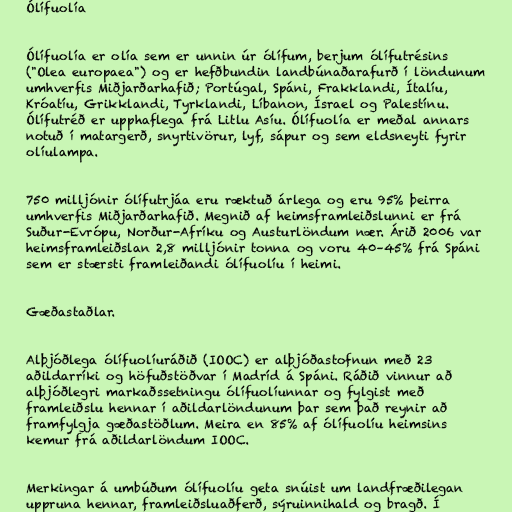
Ólífuolía

Ólífuolía er olía sem er unnin úr ólífum, berjum ólífutrésins
("Olea europaea") og er hefðbundin landbúnaðarafurð í löndunum
umhverfis Miðjarðarhafið; Portúgal, Spáni, Frakklandi, Ítalíu,
Króatíu, Grikklandi, Tyrklandi, Líbanon, Ísrael og Palestínu.
Ólífutréð er upphaflega frá Litlu Asíu. Ólífuolía er meðal annars
notuð í matargerð, snyrtivörur, lyf, sápur og sem eldsneyti fyrir
olíulampa.

750 milljónir ólífutrjáa eru ræktuð árlega og eru 95% þeirra
umhverfis Miðjarðarhafið. Megnið af heimsframleiðslunni er frá
Suður-Evrópu, Norður-Afríku og Austurlöndum nær. Árið 2006 var
heimsframleiðslan 2,8 milljónir tonna og voru 40–45% frá Spáni
sem er stærsti framleiðandi ólífuolíu í heimi.

Gæðastaðlar.

Alþjóðlega ólífuolíuráðið (IOOC) er alþjóðastofnun með 23
aðildarríki og höfuðstöðvar í Madríd á Spáni. Ráðið vinnur að
alþjóðlegri markaðssetningu ólífuolíunnar og fylgist með
framleiðslu hennar í aðildarlöndunum þar sem það reynir að
framfylgja gæðastöðlum. Meira en 85% af ólífuolíu heimsins
kemur frá aðildarlöndum IOOC.

Merkingar á umbúðum ólífuolíu geta snúist um landfræðilegan
uppruna hennar, framleiðsluaðferð, sýruinnihald og bragð. Í